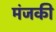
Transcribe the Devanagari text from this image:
मंजकी